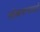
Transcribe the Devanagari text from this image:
लोकमान्यताही